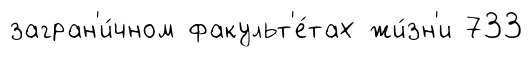
загран'и́чном факульт'е́тах жи́зн'и 733